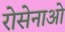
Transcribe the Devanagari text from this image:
रोसेनाओ